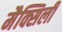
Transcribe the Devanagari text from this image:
मैक्सिली